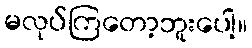
မလုပ်ကြတော့ဘူးပေါ့။